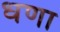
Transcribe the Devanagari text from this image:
धणा